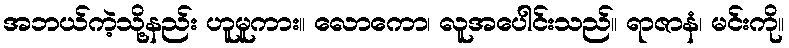
အဘယ်ကဲ့သို့နည်း ဟူမူကား။ လောကော၊ လူအပေါင်းသည်။ ရာဇာနံ၊ မင်းကို။